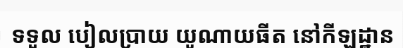
ទទួល បៀលប្រាយ យូណាយធីត នៅកីឡដ្ឋាន